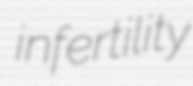
infertility